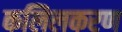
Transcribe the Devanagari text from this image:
कलिलकरण